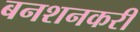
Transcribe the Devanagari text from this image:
बनशनकरी